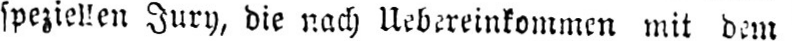
speziellen Jury, die nach Uebereinkommen mit dem